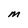
Character: M